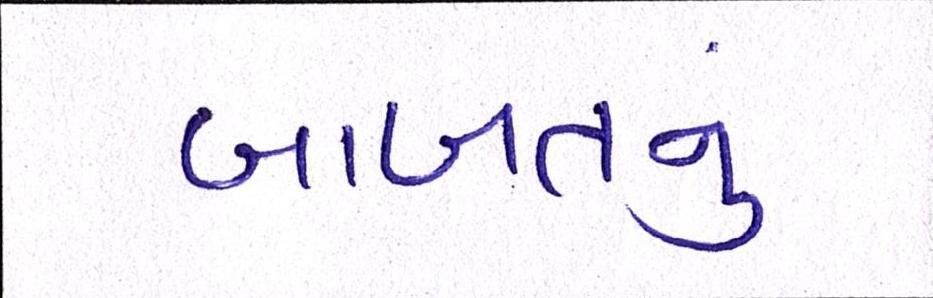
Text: બાબતનું